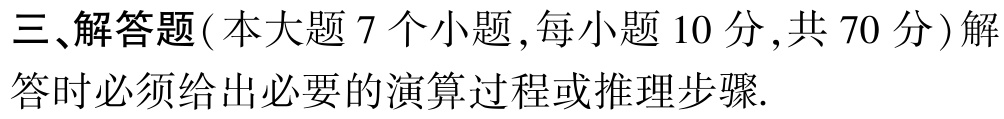
三、解答题（本大题 7 个小题 , 每小题 10 分 , 共 70 分）解答时必须给出必要的演算过程或推理步骤.